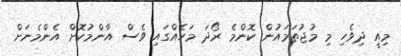
މިއީ ދިވެހި މި މުޖުތަމައުން ކޮންމެ ރޯދަ މަހެއްގައި ވެސް އާންމުކޮށް އެންމެނަށް